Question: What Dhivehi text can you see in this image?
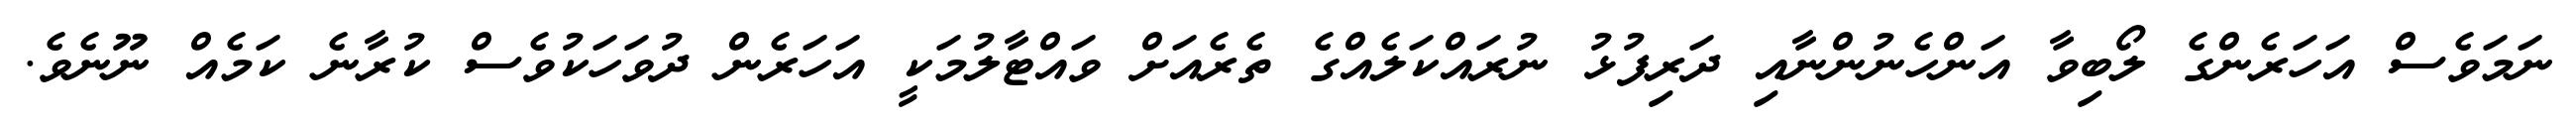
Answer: ނަމަވެސް އަހަރެންގެ ލޯބިވާ އަންހެނުންނާއި ދަރިފުޅު ނުރައްކަލެއްގެ ތެރެއަށް ވައްޓާލުމަކީ އަހަރެން ދުވަހަކުވެސް ކުރާނެ ކަމެއް ނޫނެވެ.